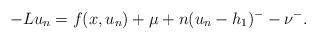
LaTeX: \begin{align*}-Lu_{n}=f(x,u_{n})+\mu+ n(u_{n}-h_{1})^{-}-\nu^{-}.\end{align*}